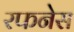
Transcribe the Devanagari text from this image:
रफनेस